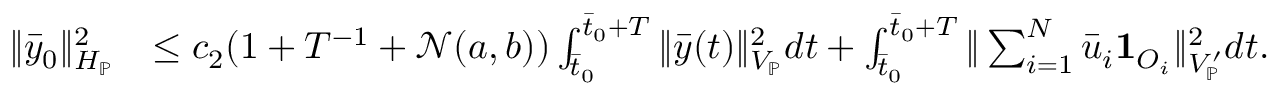
\begin{array} { r l } { \| \bar { y } _ { 0 } \| _ { H _ { \mathbb { P } } } ^ { 2 } } & { \leq c _ { 2 } ( 1 + T ^ { - 1 } + \mathcal { N } ( a , b ) ) \int _ { \bar { t } _ { 0 } } ^ { \bar { t } _ { 0 } + T } \| \bar { y } ( t ) \| _ { V _ { \mathbb { P } } } ^ { 2 } d t + \int _ { \bar { t } _ { 0 } } ^ { \bar { t } _ { 0 } + T } \| \sum _ { i = 1 } ^ { N } \bar { u } _ { i } \mathbf { 1 } _ { O _ { i } } \| _ { V _ { \mathbb { P } } ^ { \prime } } ^ { 2 } d t . } \end{array}